Enquiry on enteric fever in India - Number 32
Disease focus: Fever
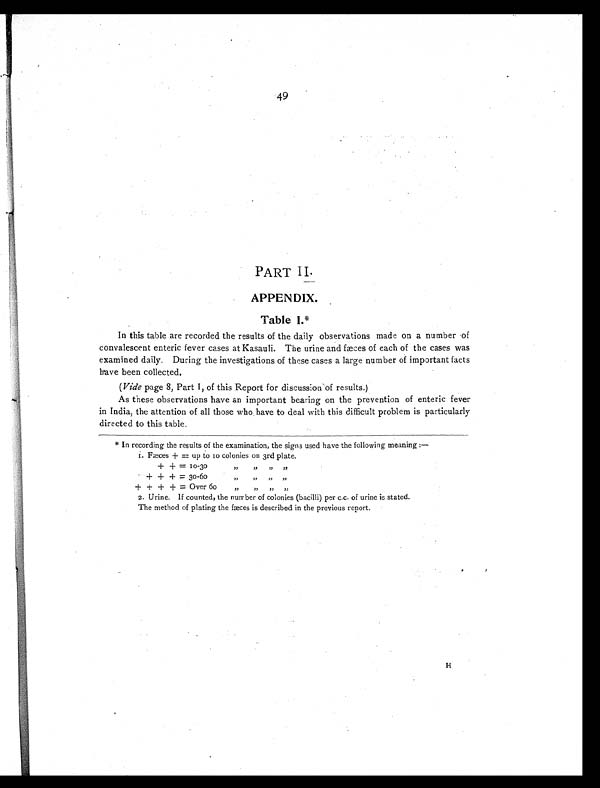
49
PART II.
APPENDIX.
Table I.*
In this table are recorded the results of the daily observations made on a number of
convalescent enteric fever cases at Kasauli. The urine and fæces of each of the cases was
examined daily. During the investigations of these cases a large number of important facts
have been collected.
( V i d e
p a g e 8 , P a r t I , o f t h i s R e p o r t f o r d i s c u s s i o n o f r e s u l t s . )
As these observations have an important bearing on the prevention of enteric fever
in India, the attention of all those who have to deal with this difficult problem is particularly
directed to this table.
* In recording the results of the examination, the signs used have the following meaning :—
I. Fæces + = up to 10 colonies on 3rd plate.
+
+
+
+
+
+
+
+
+
==
=
10.30
30.60
Over 60
"
"
"
"
"
"
"
"
"
"
"
"
2. Urine. If counted, the number of colonies (bacilli) per c.c. of urine is stated.
The method of plating the faces is described in the previous report.